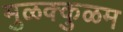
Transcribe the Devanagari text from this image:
मुळक्कुळम